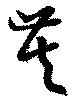
芙